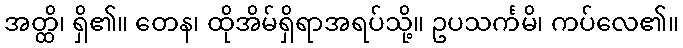
အတ္ထိ၊ ရှိ၏။ တေန၊ ထိုအိမ်ရှိရာအရပ်သို့။ ဥပသင်္ကမိ၊ ကပ်လေ၏။